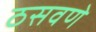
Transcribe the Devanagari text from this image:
ठसवणे